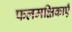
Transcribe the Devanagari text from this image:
फलमक्षिकाएँ